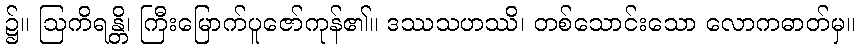
၌။ ဩကိရန္တိ၊ ကြီးမြောက်ပူဇော်ကုန်၏။ ဒဿသဟဿိ၊ တစ်သောင်းသော လောကဓာတ်မှ။